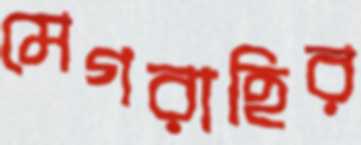
মেগরাহির